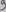
Text: 9